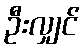
ဦးလျှင်